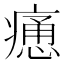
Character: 𤹯